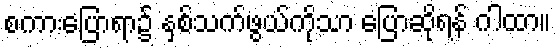
စကားပြောရာ၌ နှစ်သက်ဖွယ်ကိုသာ ပြောဆိုရန် ဂါထာ။